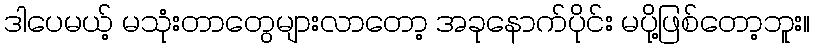
ဒါပေမယ့် မသုံးတာတွေများလာတော့ အခုနောက်ပိုင်း မပို့ဖြစ်တော့ဘူး။